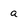
Character: a